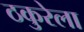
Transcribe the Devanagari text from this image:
ठकुरेला